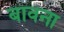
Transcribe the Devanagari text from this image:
बावना